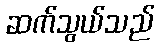
ဆက်သွယ်သည်